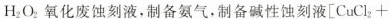
H_{2} O_{2} 氧化废蚀刻液，制备氨气。制备碱性蚀刻液[CuCl_{2} +